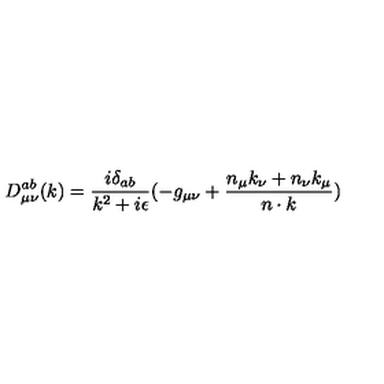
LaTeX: D _ { { \mu } { \nu } } ^ { a b } ( k ) = \frac { i { \delta } _ { a b } } { k ^ { 2 } + i { \epsilon } } ( - g _ { { \mu } { \nu } } + \frac { n _ { \mu } k _ { \nu } + n _ { \nu } k _ { \mu } } { n \cdot k } )